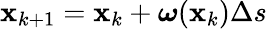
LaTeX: {\mathbf{x}}_{k+1}={\mathbf{x}}_{k}+\boldsymbol{\omega}({\mathbf{x}}_{k})\Delta s